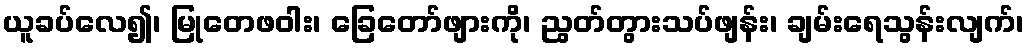
ယူခပ်လေ၍၊ မြုတေဖဝါး၊ ခြေတော်ဖျားကို၊ ညွတ်တွားသပ်ဖျန်း၊ ချမ်းရေသွန်းလျက်၊